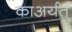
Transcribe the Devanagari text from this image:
काअर्यर्त्